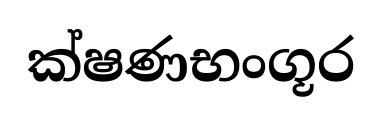
ක්ෂණභංගූර